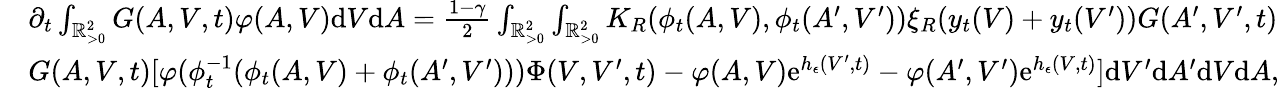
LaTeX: \begin{array}{rl}&{\partial_{t}\int_{\mathbb{R}_{>0}^{2}}G(A,V,t)\varphi(A,V)\textup{d}V\textup{d}A=\frac{1-\gamma}{2}\int_{\mathbb{R}_{>0}^{2}}\int_{\mathbb{R}_{>0}^{2}}K_{R}(\phi_{t}(A,V),\phi_{t}(A^{\prime},V^{\prime}))\xi_{R}(y_{t}(V)+y_{t}(V^{\prime}))G(A^{\prime},V^{\prime},t)}\\ &{G(A,V,t)[\varphi(\phi_{t}^{-1}(\phi_{t}(A,V)+\phi_{t}(A^{\prime},V^{\prime})))\Phi(V,V^{\prime},t)-\varphi(A,V)\textup{e}^{h_{\epsilon}(V^{\prime},t)}-\varphi(A^{\prime},V^{\prime})\textup{e}^{h_{\epsilon}(V,t)}]\textup{d}V^{\prime}\textup{d}A^{\prime}\textup{d}V\textup{d}A,}\end{array}